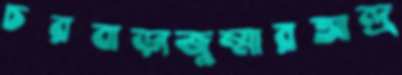
চরবাড়াজুম্মারআন্দ্র